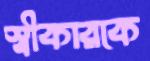
স্বীকারকে